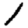
Digit: 1